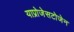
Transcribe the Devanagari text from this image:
याप्रोजेसटोजेन